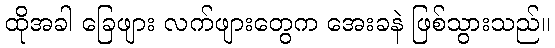
ထိုအခါ ခြေဖျား လက်ဖျားတွေက အေးခနဲ ဖြစ်သွားသည်။